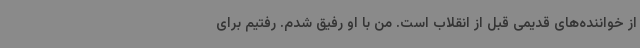
از خواننده‌های قدیمی قبل از انقلاب است. من با او رفیق شدم. رفتیم برای